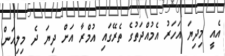
އެއީ މިދިޔަ އަހަރު އެމުއްދަތުގެ ތެރޭގައި އުމްރާ އަށް ދިޔަ ދެ މިލިއަން